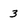
Character: 3